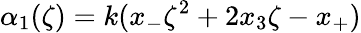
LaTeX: \alpha_{1}(\zeta)=k(x_{-}\zeta^{2}+2x_{3}\zeta-x_{+})